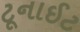
ટૂનાઈટ